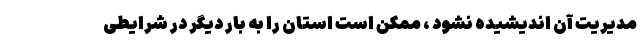
مدیریت آن اندیشیده نشود ، ممکن است استان را به بار دیگر در شرایطی